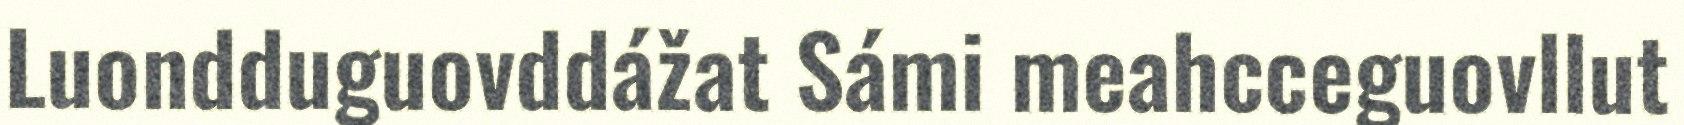
Luondduguovddážat Sámi meahcceguovllut